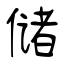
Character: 储